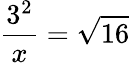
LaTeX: \frac{3^{2}}{x}=\sqrt{16}